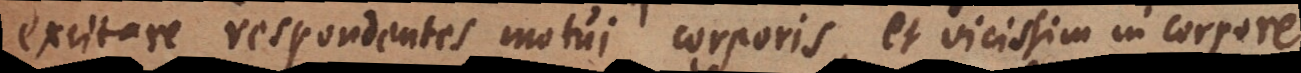
excitare respondentes motui corporis, et vicissim in corpore